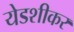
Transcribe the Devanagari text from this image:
येडशीकर